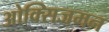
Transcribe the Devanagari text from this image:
ओक्सिजमन